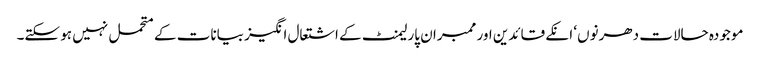
موجودہ حالات دھرنوں‘ انکے قائدین اور ممبران پارلیمنٹ کے اشتعال انگیز بیانات کے متحمل نہیں ہو سکتے۔